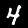
Digit: 4